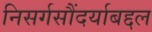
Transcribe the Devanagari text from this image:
निसर्गसौंदर्याबद्दल